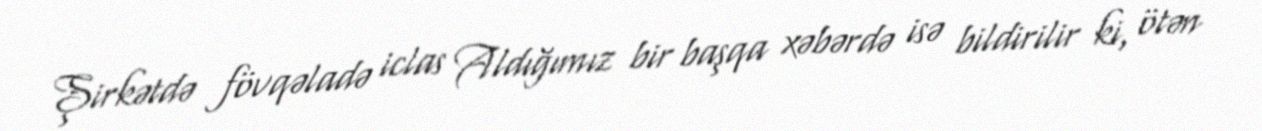
Şirkətdə fövqəladə iclas Aldığımız bir başqa xəbərdə isə bildirilir ki, ötən